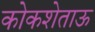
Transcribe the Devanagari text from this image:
कोकशेताऊ